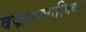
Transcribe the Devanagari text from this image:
वज्रसत्वात्मिका